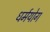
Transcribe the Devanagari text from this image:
धर्मयोग